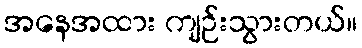
အနေအထား ကျဉ်းသွားတယ်။